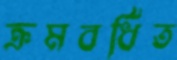
ক্রমবর্ধিত